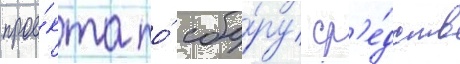
прое́кта по́ сбо́ру ср'е́дств